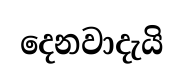
දෙනවාදැයි